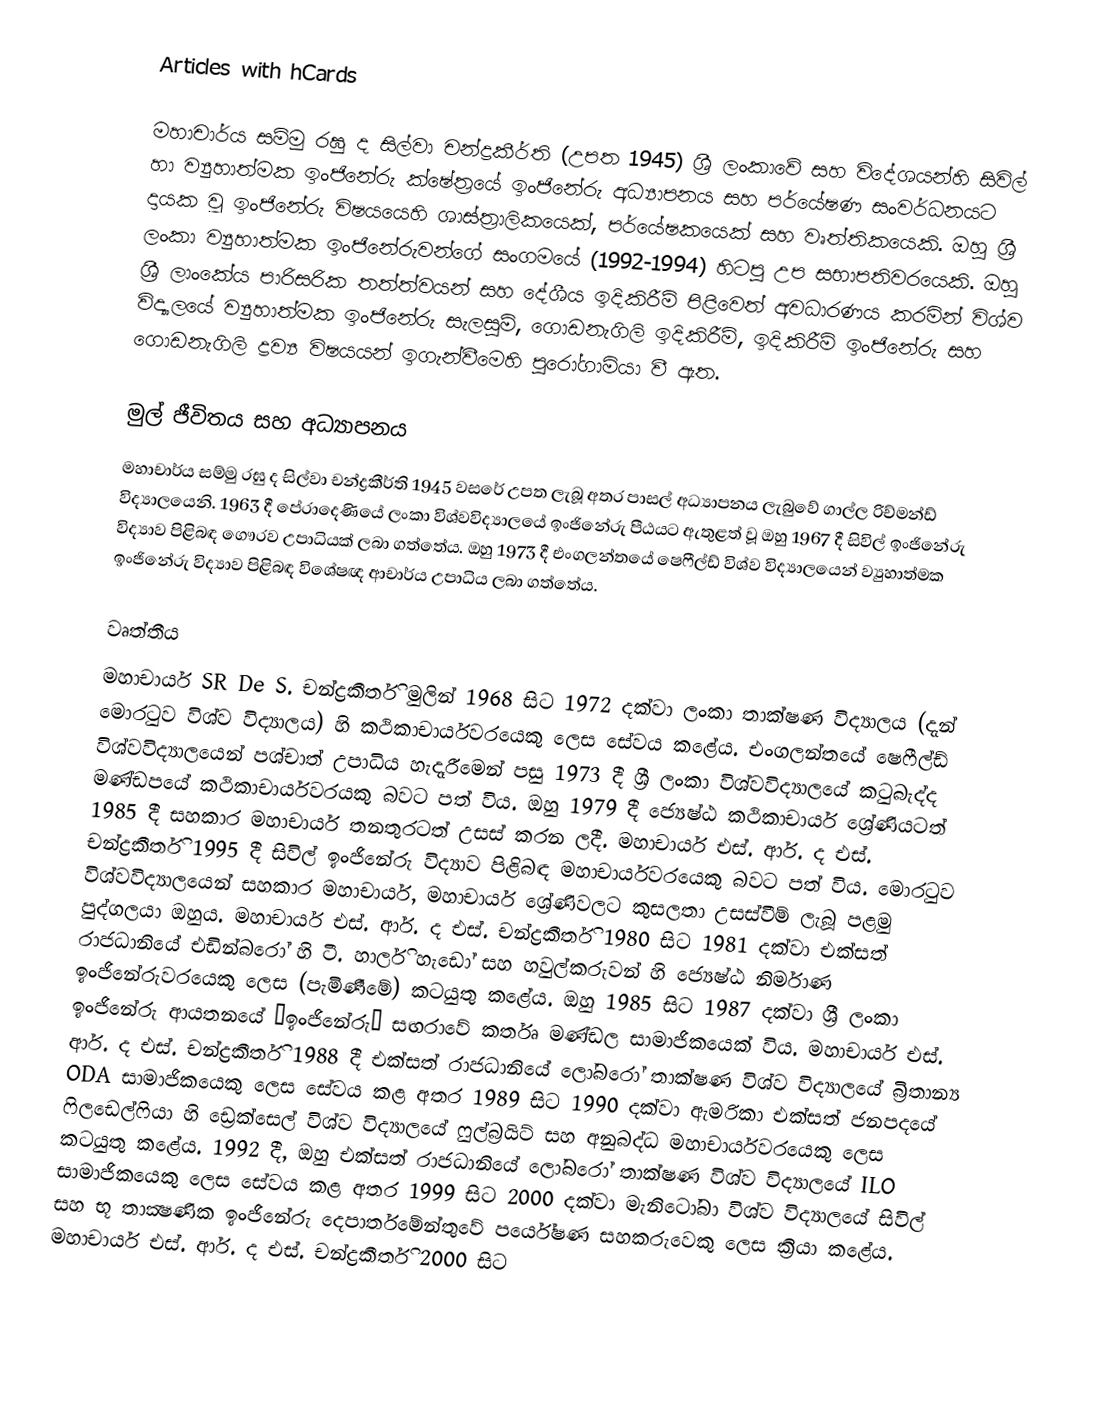
Articles with hCards

මහාචාර්ය සම්මු රඝු ද සිල්වා චන්ද්‍රකීර්ති (උපත 1945) ශ්‍රී ලංකාවේ සහ විදේශයන්හි සිවිල් හා ව්‍යුහාත්මක ඉංජිනේරු ක්ෂේත්‍රයේ ඉංජිනේරු අධ්‍යාපනය සහ පර්යේෂණ සංවර්ධනයට දායක වූ ඉංජිනේරු විෂයයෙහි ශාස්ත්‍රාලිකයෙක්, පර්යේෂකයෙක් සහ වෘත්තිකයෙකි. ඔහු ශ්‍රී ලංකා ව්‍යුහාත්මක ඉංජිනේරුවන්ගේ සංගමයේ (1992-1994) හිටපු උප සභාපතිවරයෙකි. ඔහු ශ්‍රී ලාංකේය පාරිසරික තත්ත්වයන් සහ දේශීය ඉදිකිරීම් පිළිවෙත් අවධාරණය කරමින් විශ්ව විද්‍යාලයේ ව්‍යුහාත්මක ඉංජිනේරු සැලසුම්, ගොඩනැගිලි ඉදිකිරීම්, ඉදිකිරීම් ඉංජිනේරු සහ ගොඩනැගිලි ද්‍රව්‍ය විෂයයන් ඉගැන්වීමෙහි පුරෝගාමියා වී ඇත.

මුල් ජීවිතය සහ අධ්‍යාපනය
මහාචාර්ය සම්මු රඝු ද සිල්වා චන්ද්‍රකීර්ති 1945 වසරේ උපත ලැබූ අතර පාසල් අධ්‍යාපනය ලැබුවේ ගාල්ල රිච්මන්ඩ් විද්‍යාලයෙනි. 1963 දී පේරාදෙණියේ ලංකා විශ්වවිද්‍යාලයේ ඉංජිනේරු පීඨයට ඇතුළත් වූ ඔහු 1967 දී සිවිල් ඉංජිනේරු විද්‍යාව පිළිබඳ ගෞරව උපාධියක් ලබා ගත්තේය. ඔහු 1973 දී එංගලන්තයේ ෂෙෆීල්ඩ් විශ්ව විද්‍යාලයෙන් ව්‍යුහාත්මක ඉංජිනේරු විද්‍යාව පිළිබඳ විශේෂඥ ආචාර්ය උපාධිය ලබා ගත්තේය.

වෘත්තීය
මහාචාර්ය SR De S. චන්ද්‍රකීර්ති මුලින් 1968 සිට 1972 දක්වා ලංකා තාක්ෂණ විද්‍යාලය (දැන් මොරටුව විශ්ව විද්‍යාලය) හි කථිකාචාර්යවරයෙකු ලෙස සේවය කළේය. එංගලන්තයේ ෂෙෆීල්ඩ් විශ්වවිද්‍යාලයෙන් පශ්චාත් උපාධිය හැදෑරීමෙන් පසු 1973 දී ශ්‍රී ලංකා විශ්වවිද්‍යාලයේ කටුබැද්ද මණ්ඩපයේ කථිකාචාර්යවරයකු බවට පත් විය. ඔහු 1979 දී ජ්‍යෙෂ්ඨ කථිකාචාර්ය ශ්‍රේණියටත් 1985 දී සහකාර මහාචාර්ය තනතුරටත් උසස් කරන ලදී. මහාචාර්ය එස්. ආර්. ද එස්. චන්ද්‍රකීර්ති 1995 දී සිවිල් ඉංජිනේරු විද්‍යාව පිළිබඳ මහාචාර්යවරයෙකු බවට පත් විය. මොරටුව විශ්වවිද්‍යාලයෙන් සහකාර මහාචාර්ය, මහාචාර්ය ශ්‍රේණිවලට කුසලතා උසස්වීම් ලැබූ පළමු පුද්ගලයා ඔහුය. මහාචාර්ය එස්. ආර්. ද එස්. චන්ද්‍රකීර්ති 1980 සිට 1981 දක්වා එක්සත් රාජධානියේ එඩින්බරෝ හි ටී. හාර්ලි හැඩෝ සහ හවුල්කරුවන් හි ජ්‍යෙෂ්ඨ නිර්මාණ ඉංජිනේරුවරයෙකු ලෙස (පැමිණීමේ) කටයුතු කළේය. ඔහු 1985 සිට 1987 දක්වා ශ්‍රී ලංකා ඉංජිනේරු ආයතනයේ “ඉංජිනේරු” සඟරාවේ කර්තෘ මණ්ඩල සාමාජිකයෙක් විය. මහාචාර්ය එස්. ආර්. ද එස්. චන්ද්‍රකීර්ති 1988 දී එක්සත් රාජධානියේ ලෝබරෝ තාක්ෂණ විශ්ව විද්‍යාලයේ බ්‍රිතාන්‍ය ODA සාමාජිකයෙකු ලෙස සේවය කළ අතර 1989 සිට 1990 දක්වා ඇමරිකා එක්සත් ජනපදයේ ෆිලඩෙල්ෆියා හි ඩ්‍රෙක්සෙල් විශ්ව විද්‍යාලයේ ෆුල්බ්‍රයිට් සහ අනුබද්ධ මහාචාර්යවරයෙකු ලෙස කටයුතු කළේය. 1992 දී, ඔහු එක්සත් රාජධානියේ ලෝබරෝ තාක්ෂණ විශ්ව විද්‍යාලයේ ILO සාමාජිකයෙකු ලෙස සේවය කළ අතර 1999 සිට 2000 දක්වා මැනිටෝබා විශ්ව විද්‍යාලයේ සිවිල් සහ භූ තාක්‍ෂණික ඉංජිනේරු දෙපාර්තමේන්තුවේ පර්යේෂණ සහකරුවෙකු ලෙස ක්‍රියා කළේය. මහාචාර්ය එස්. ආර්. ද එස්. චන්ද්‍රකීර්ති 2000 සිට